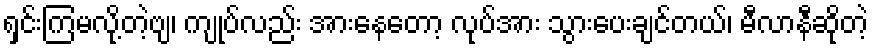
ရှင်းကြမလို့တဲ့ဗျ၊ ကျုပ်လည်း အားနေတော့ လုပ်အား သွားပေးချင်တယ်၊ မီလာနီဆိုတဲ့